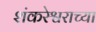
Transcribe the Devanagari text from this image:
शंकरेश्वराच्या